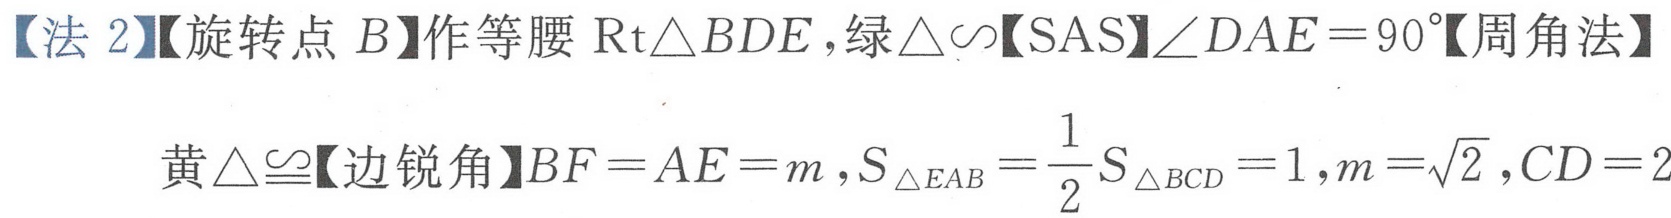
【法 2】【旋转点 \(B\)】作等腰 \(\text{Rt}\triangle BDE\)，绿\(\triangle\sim\)【SAS】\(\angle DAE = 90^{\circ}\)【周角法】
黄\(\triangle\cong\)【边锐角】\(BF = AE = m,S_{\triangle EAB}=\frac{1}{2}S_{\triangle BCD}=1,m = \sqrt{2},CD = 2\)